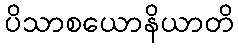
ပိသာစယောနိယာတိ